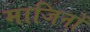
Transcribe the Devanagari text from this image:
माजिनों